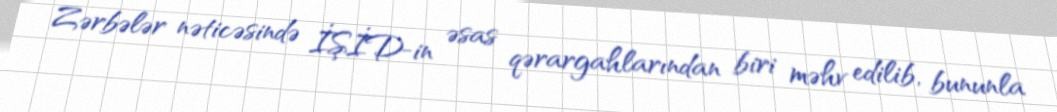
Zərbələr nəticəsində İŞİD-in əsas qərargahlarından biri məhv edilib, bununla